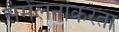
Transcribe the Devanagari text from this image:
संमेलनांकरता